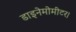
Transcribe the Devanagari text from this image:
डाइनेमोमीटर।